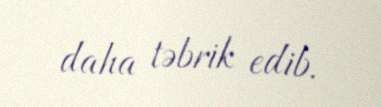
daha təbrik edib.